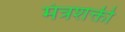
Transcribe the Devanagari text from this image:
मंत्रशक्ती